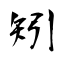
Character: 矧